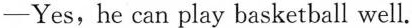
—Yes, he can play basketball well.